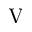
\mathrm { V }